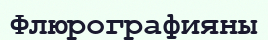
Флюрографияны